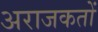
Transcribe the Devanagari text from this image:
अराजकतों